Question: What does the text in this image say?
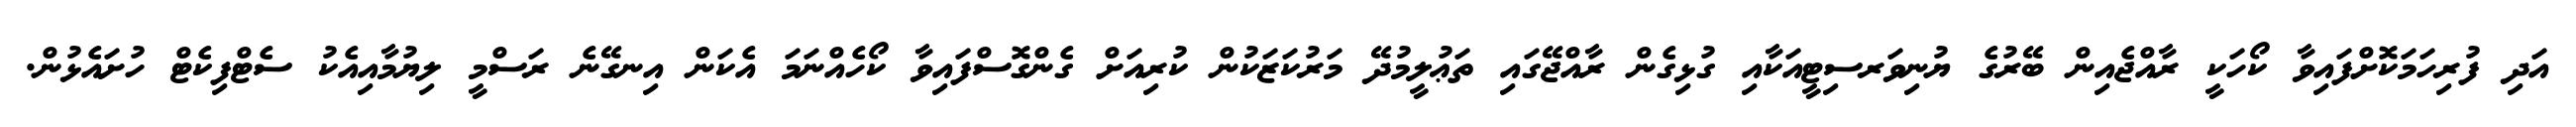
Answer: އަދި ފުރިހަމަކޮށްފައިވާ ކޯހަކީ ރާއްޖެއިން ބޭރުގެ ޔުނިވަރސިޓީއަކާއި ގުޅިގެން ރާއްޖޭގައި ތަޢުލީމުދޭ މަރުކަޒަކުން ކުރިއަށް ގެންގޮސްފައިވާ ކޯހެއްނަމަ އެކަން އިނގޭނެ ރަސްމީ ލިޔުމާއިއެކު ސެޓްފިކެޓް ހުށައެޅުން.